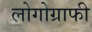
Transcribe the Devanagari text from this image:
लोगोग्राफी